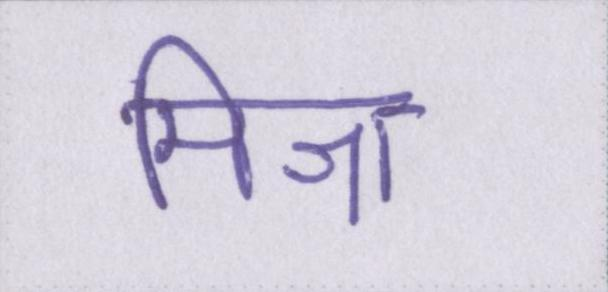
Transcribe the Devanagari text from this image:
मिश्रा